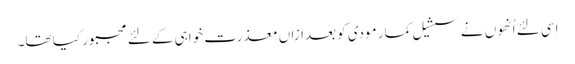
اِسی لئے اُنھوں نے سشیل کمار مودی کو بعدازاں معذرت خواہی کے لئے مجبور کیا تھا۔